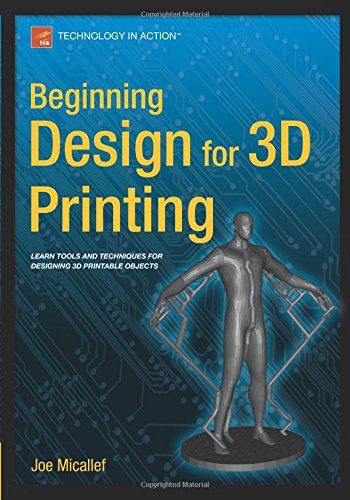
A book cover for Beginning Design for 3D Printing; Joe Micallef; Computers & Technology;